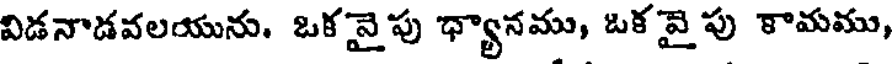
విడనాడవలయును. ఒకవై పు ధ్యానము, ఒక వై పు కామము,